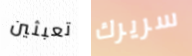
تعبثين سريرك